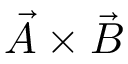
\vec { A } \times \vec { B }